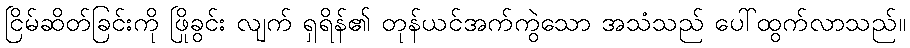
ငြိမ်ဆိတ်ခြင်းကို ဖြိုခွင်း လျက် ရှရိန်၏ တုန်ယင်အက်ကွဲသော အသံသည် ပေါ်ထွက်လာသည်။